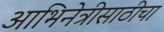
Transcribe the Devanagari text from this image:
आभिनेत्रीसाठीचा